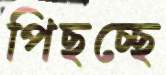
পিছচ্ছে